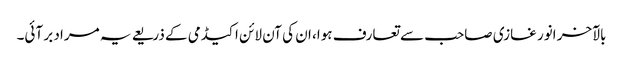
بالآخر انور غازی صاحب سے تعارف ہوا، ان کی آن لائن اکیڈمی کے ذریعے یہ مراد بر آئی۔